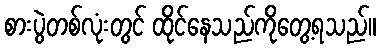
စားပွဲတစ်လုံးတွင် ထိုင်နေသည်ကိုတွေ့ရသည်။